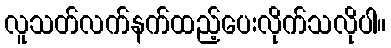
လူသတ်လက်နက်ထည့်ပေးလိုက်သလိုပါ။